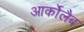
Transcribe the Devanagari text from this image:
आर्कोलैब